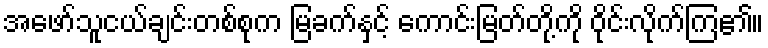
အဖော်သူငယ်ချင်းတစ်စုက မြခက်နှင့် ကောင်းမြတ်တို့ကို ဝိုင်းလိုက်ကြ၏။